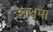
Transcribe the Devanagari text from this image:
आथमा